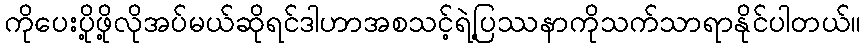
ကိုပေးပို့ဖို့လိုအပ်မယ်ဆိုရင်ဒါဟာအစသင့်ရဲ့ပြဿနာကိုသက်သာရာနိုင်ပါတယ်။